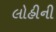
લોહીની